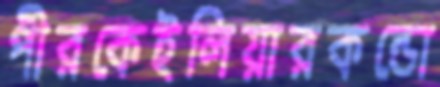
পীরকেইলিয়ারকন্ডো